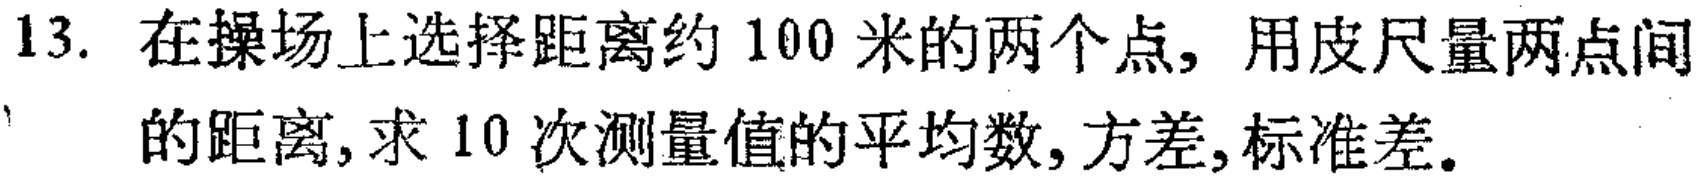
13. 在操场上选择距离约 100 米的两个点, 用皮尺量两点间的距离, 求 10 次测量值的平均数, 方差, 标准差.